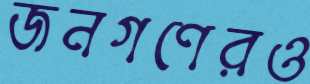
জনগণেরও